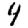
Digit: 4